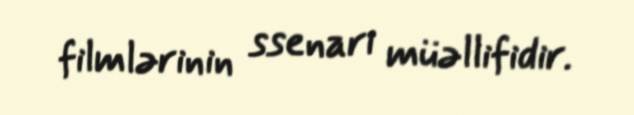
filmlərinin ssenari müəllifidir.